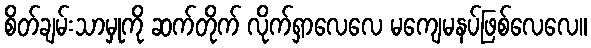
စိတ်ချမ်းသာမှုကို ဆက်တိုက် လိုက်ရှာလေလေ မကျေမနပ်ဖြစ်လေလေ။